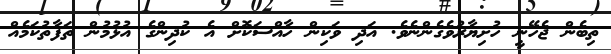
ތިބެން ޖެހޭނީ ހުށިޔާރުވެގެންނެވެ. އަދި ވަކިން ހާއްސަކޮށް އެ ކުދިންގެ އުޅުމުން ތަފާތުކަމެއް